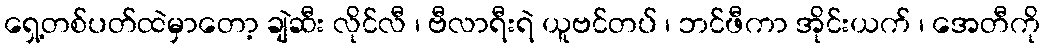
ရှေ့တစ်ပတ်ထဲမှာတော့ ချဲဆီး လိုင်လီ ၊ ဗီလာရီးရဲ ယူဗင်တပ် ၊ ဘင်ဖီကာ အိုင်းယက် ၊ အေတီကို